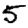
Digit: 5